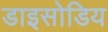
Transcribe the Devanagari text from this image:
डाइसोडिय